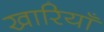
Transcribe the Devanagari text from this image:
खारियाँ